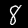
Digit: 8